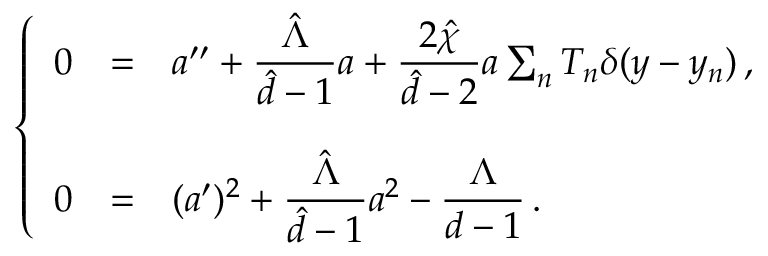
\left\{ \begin{array} { r c l } { { 0 } } & { { = } } & { { a ^ { \prime \prime } + { \displaystyle \frac { \hat { \Lambda } } { \hat { d } - 1 } } a + { \displaystyle \frac { 2 \hat { \chi } } { \hat { d } - 2 } } a \sum _ { n } T _ { n } \delta ( y - y _ { n } ) \, , } } \\ { { } } & { { } } & { { } } \\ { { 0 } } & { { = } } & { { ( a ^ { \prime } ) ^ { 2 } + { \displaystyle \frac { \hat { \Lambda } } { \hat { d } - 1 } } a ^ { 2 } - { \displaystyle \frac { \Lambda } { d - 1 } } \, . } } \end{array} \right.